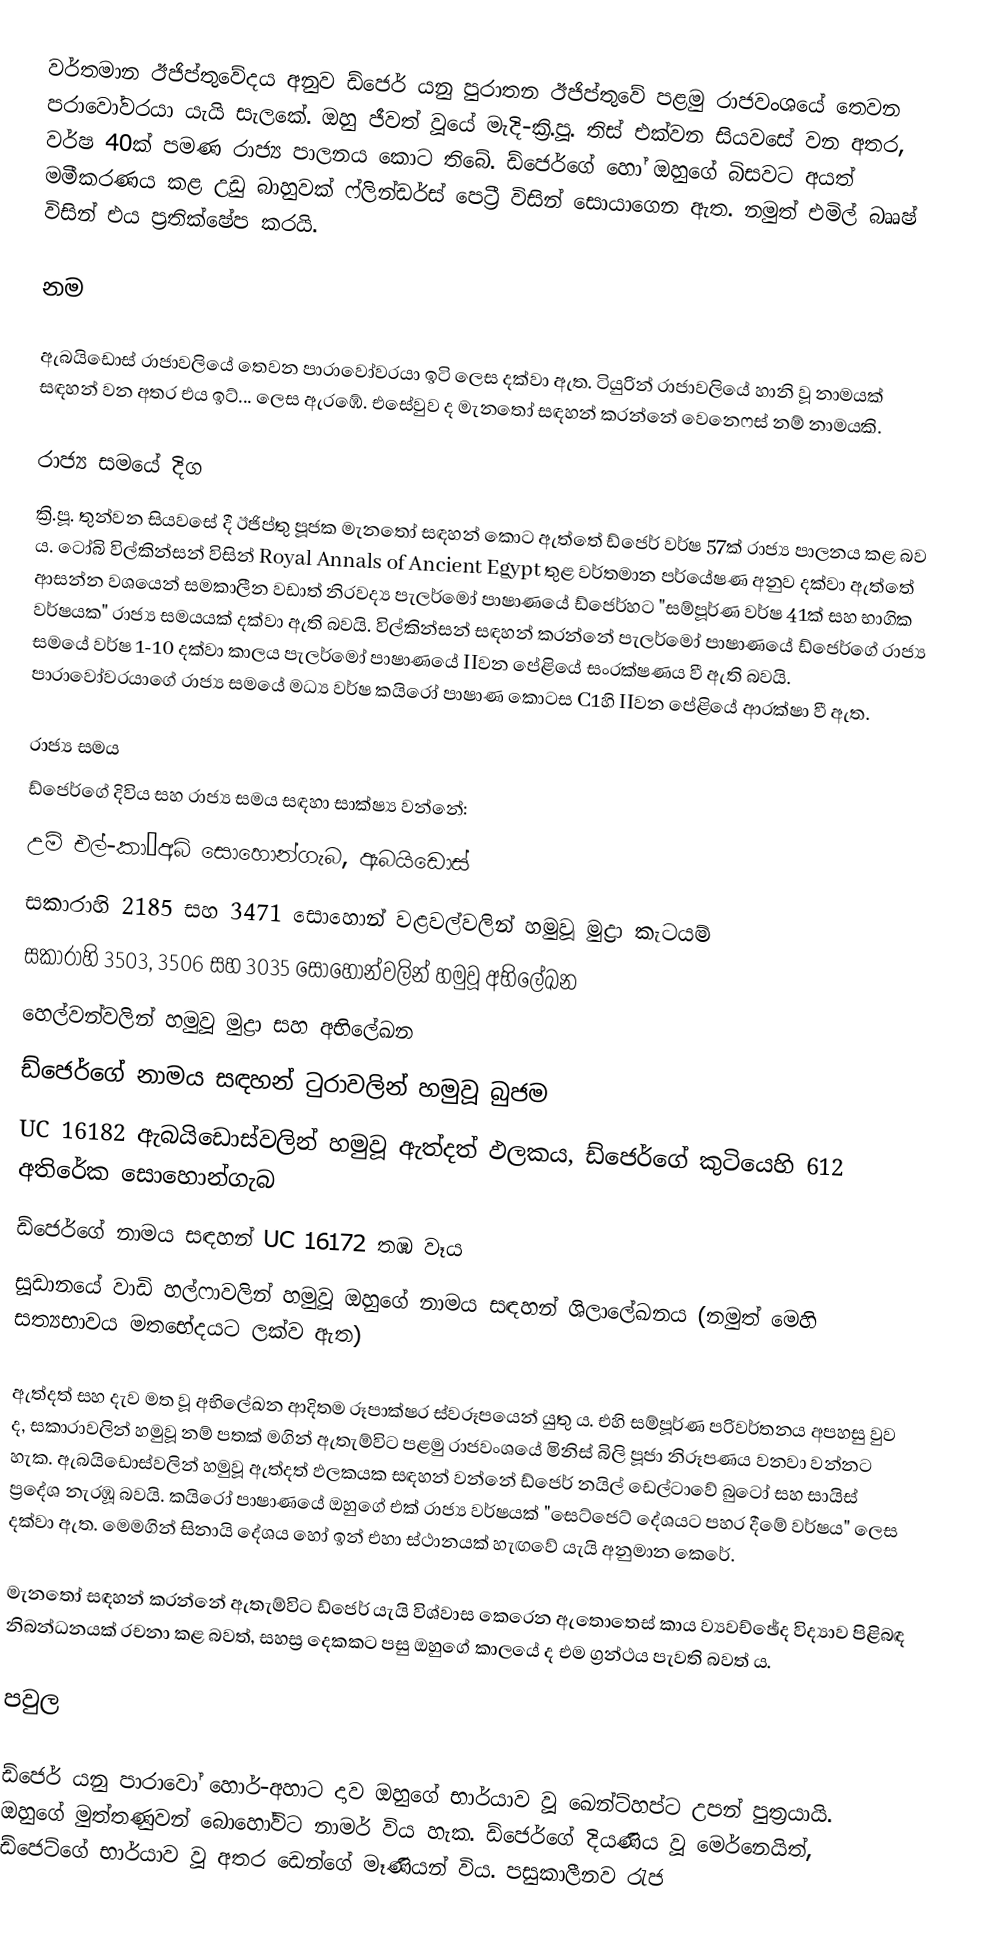
වර්තමාන ඊජිප්තුවේදය අනුව ඩ්ජෙර් යනු පුරාතන ඊජිප්තුවේ පළමු රාජවංශයේ තෙවන පරා‍වෝවරයා යැයි සැලකේ. ඔහු ජීවත් වූයේ මැදි-ක්‍රි.පූ. තිස් එක්වන සියවසේ වන අතර, වර්ෂ 40ක් පමණ රාජ්‍ය පාලනය කොට තිබේ. ඩ්ජෙර්ගේ හෝ ඔහුගේ බිසවට අයත් මමීකරණය කළ උඩු බාහුවක් ෆ්ලින්ඩර්ස් පෙට්‍රී විසින් සොයාගෙන ඇත. නමුත් එමිල් බෲෂ් විසින් එය ප්‍රතික්ෂේප කරයි.

නම

ඇබයිඩොස් රාජාවලියේ තෙවන පාරාවෝවරයා ඉටි ලෙස දක්වා ඇත. ටියුරින් රාජාවලියේ හානි වූ නාමයක් සඳහන් වන අතර එය ඉට්... ලෙස ඇරඹේ. එසේවුව ද මැනතෝ සඳහන් කරන්නේ වෙනෙෆස් නම් නාමයකි.

රාජ්‍ය සමයේ දිග
ක්‍රි.පූ. තුන්වන සියවසේ දී ඊජිප්තු පූජක මැනතෝ සඳහන් කොට ඇත්තේ ඩ්ජෙර් වර්ෂ 57ක් රාජ්‍ය පාලනය කළ බව ය. ටෝබි විල්කින්සන් විසින් Royal Annals of Ancient Egypt තුළ වර්තමාන පර්යේෂණ අනුව දක්වා ඇත්තේ ආසන්න වශයෙන් සමකාලීන වඩාත් නිරවද්‍ය පැලර්මෝ පාෂාණයේ ඩ්ජෙර්හට "සම්පූර්ණ වර්ෂ 41ක් සහ භාගික වර්ෂයක" රාජ්‍ය සමයයක් දක්වා ඇති බවයි. විල්කින්සන් සඳහන් කරන්නේ පැලර්මෝ පාෂාණයේ ඩ්ජෙර්ගේ රාජ්‍ය සමයේ වර්ෂ 1-10 දක්වා කාලය පැලර්මෝ පාෂාණයේ IIවන පේළියේ සංරක්ෂණය වී ඇති බවයි. පාරාවෝවරයාගේ රාජ්‍ය සමයේ මධ්‍ය වර්ෂ කයිරෝ පාෂාණ කොටස C1හි IIවන පේළියේ ආරක්ෂා වී ඇත.

රාජ්‍ය සමය
ඩ්ජෙර්ගේ දිවිය සහ රාජ්‍ය සමය සඳහා සාක්ෂ්‍ය වන්නේ:
 උම් එල්-කා’අබ් සොහොන්ගැබ, ඇබයිඩොස්
 සකාරාහි 2185 සහ 3471 සොහොන් වළවල්වලින් හමුවූ මුද්‍රා කැටයම්
 සකාරාහි 3503, 3506 සහ 3035 සොහොන්වලින් හමුවූ අභිලේඛන
 හෙල්වන්වලින් හමුවූ මුද්‍රා සහ අභිලේඛන
 ඩ්ජෙර්ගේ නාමය සඳහන් ටුරාවලින් හමුවූ බුජම
 UC 16182 ඇබයිඩොස්වලින් හමුවූ ඇත්දත් ඵලකය, ඩ්ජෙර්ගේ කුටියෙහි 612 අතිරේක සොහොන්ගැබ
 ඩ්ජෙර්ගේ නාමය සඳහන් UC 16172 තඹ වෑය
 සූඩානයේ වාඩි හල්ෆාවලින් හමුවූ ඔහුගේ නාමය සඳහන් ශිලාලේඛනය (නමුත් මෙහි සත්‍යභාවය මතභේදයට ලක්ව ඇත)

ඇත්දත් සහ දැව මත වූ අභිලේඛන ආදිතම රූපාක්ෂර ස්වරූපයෙන් යුතු ය. එහි සම්පූර්ණ පරිවර්තනය අපහසු වුව ද, සකාරාවලින් හමුවූ නම් පතක් මගින් ඇතැම්විට පළමු රාජවංශයේ මිනිස් බිලි පූජා නිරූපණය වනවා වන්නට හැක. ඇබයිඩොස්වලින් හමුවූ ඇත්දත් ඵලකයක සඳහන් වන්නේ ඩ්ජෙර් නයිල් ඩෙල්ටාවේ බුටෝ සහ සායිස් ප්‍රදේශ නැරඹූ බවයි. කයිරෝ පාෂාණයේ ඔහුගේ එක් රාජ්‍ය වර්ෂයක් "සෙට්ජෙට් දේශයට පහර දීමේ වර්ෂය" ලෙස දක්වා ඇත. මෙමගින් සිනායි දේශය හෝ ඉන් එහා ස්ථානයක් හැඟවේ යැයි අනුමාන කෙරේ.

මැනතෝ සඳහන් කරන්නේ ඇතැම්විට ඩ්ජෙර් යැයි විශ්වාස කෙරෙන ඇතොතෙස් කාය ව්‍යවච්ඡේද විද්‍යාව පිළිබඳ නිබන්ධනයක් රචනා කළ බවත්, සහස්‍ර දෙකකට පසු ඔහුගේ කාලයේ ද එම ග්‍රන්ථය පැවති බවත් ය.

පවුල

ඩ්ජෙර් යනු පාරාවෝ හොර්-අහාට දාව ඔහුගේ භාර්යාව වූ ඛෙන්ට්හප්ට උපන් පුත්‍රයායි. ඔහුගේ මුත්තණුවන් බොහෝවිට නාමර් විය හැක. ඩ්ජෙර්ගේ දියණිය වූ මෙර්නෙයිත්, ඩ්ජෙට්ගේ භාර්යාව වූ අතර ඩෙන්‍ගේ මෑණියන් විය. පසුකාලීනව රැජ